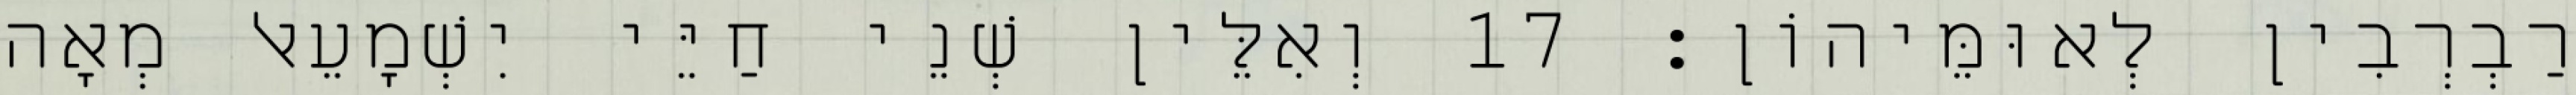
רַבְרְבִין לְאוּמֵּיהוֹן׃ 17 וְאִלֵּין שְׁנֵי חַיֵּי יִשְׁמָעֵאל מְאָה